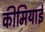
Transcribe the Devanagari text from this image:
कीमियाई